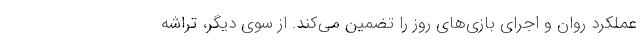
عملکرد روان و اجرای بازی‌های روز را تضمین می‌کند. از سوی دیگر، تراشه